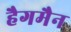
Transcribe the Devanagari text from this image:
हैगमैन